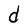
Character: d